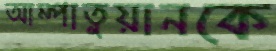
আম্পাতুয়ানকে